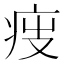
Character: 𤵟